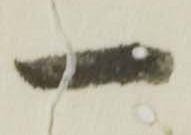
一